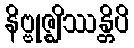
နိဗ္ဗုဇ္ဈိဿန္တိပိ